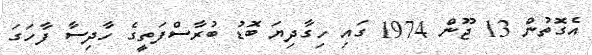
އެގޮތުން 13 ޖޫން 1974 ގައި ހިގާދިޔަ ބޮޑު ބުރާސްފަތީގެ ހާދިސާ ފާހަގަ